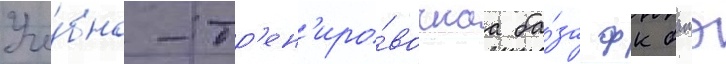
Уче́бно-тр'ен'иро́вочнаа ба́за фк батэ